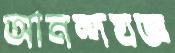
আনন্দযজ্ঞ